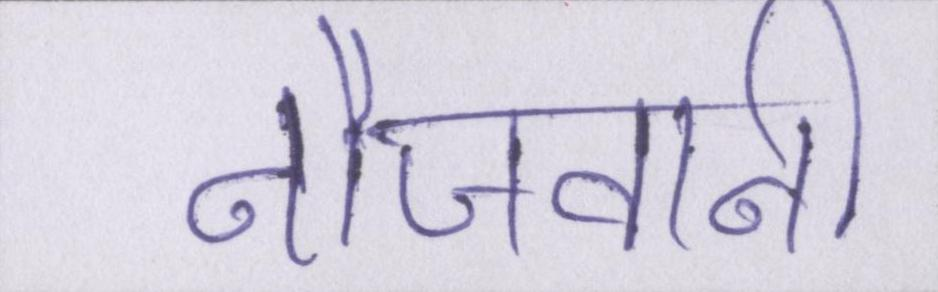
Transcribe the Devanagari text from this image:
नौजवानी